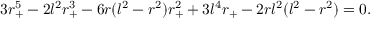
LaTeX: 3 r _ { + } ^ { 5 } - 2 l ^ { 2 } r _ { + } ^ { 3 } - 6 r ( l ^ { 2 } - r ^ { 2 } ) r _ { + } ^ { 2 } + 3 l ^ { 4 } r _ { + } - 2 r l ^ { 2 } ( l ^ { 2 } - r ^ { 2 } ) = 0 .